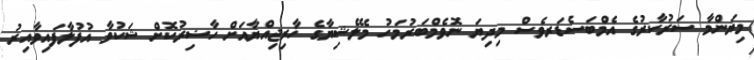
މިޔަންމާ ސަރުކާރުގެ އެމްބަސެޑަރވެސް މިދިޔަ ނޮވެމްބަރުމަހު މެލޭޝިޔާގެ ޚާރިޖިއްޔާއަށް ހާޟިރުކޮށް ޝަކުވާ އުފުލާފައިވާއިރު